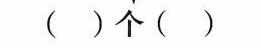
( ）个 ( )